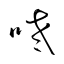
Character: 咾